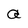
Character: a